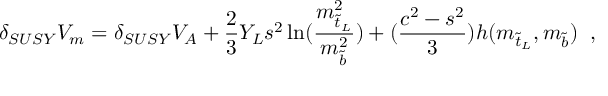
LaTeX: \delta _ { S U S Y } V _ { m } = \delta _ { S U S Y } V _ { A } + \frac { 2 } { 3 } Y _ { L } s ^ { 2 } \ln ( \frac { m _ { \tilde { t } _ { L } } ^ { 2 } } { m _ { \tilde { b } } ^ { 2 } } ) + ( \frac { c ^ { 2 } - s ^ { 2 } } { 3 } ) h ( m _ { \tilde { t } _ { L } } , m _ { \tilde { b } } ) \; \; ,